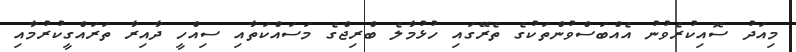
މިއަދު ސޮއިކުރެވުނު އެއްބަސްވުންތަކުގެ ތެރޭގައި ހުޅުމާލެ ބްރިޖްގެ މަސައްކަތާއި ސިއްހީ ދާއިރާ ތަރައްގީކުރުމާއި